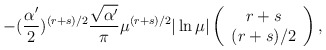
\begin{align*}- (\frac{\alpha '}{2} )^{(r+s)/2} \frac{\sqrt{\alpha '}}{\pi} \mu ^{(r+s)/2} |\ln \mu | \left( \begin{array}{c} r+s \\ (r+s)/2 \end{array} \right) ,\end{align*}